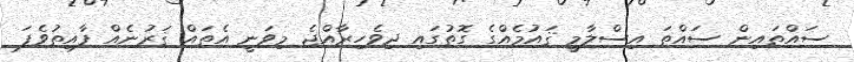
ސައްތައިން ސައްތަ އިސްލާމީ ޤައުމެއްގެ ގޮތުގައި ދިވެހިރާއްޖެ މިވަނީ އެތައް ޤަރުނެއް ފާއިތުވެފަ